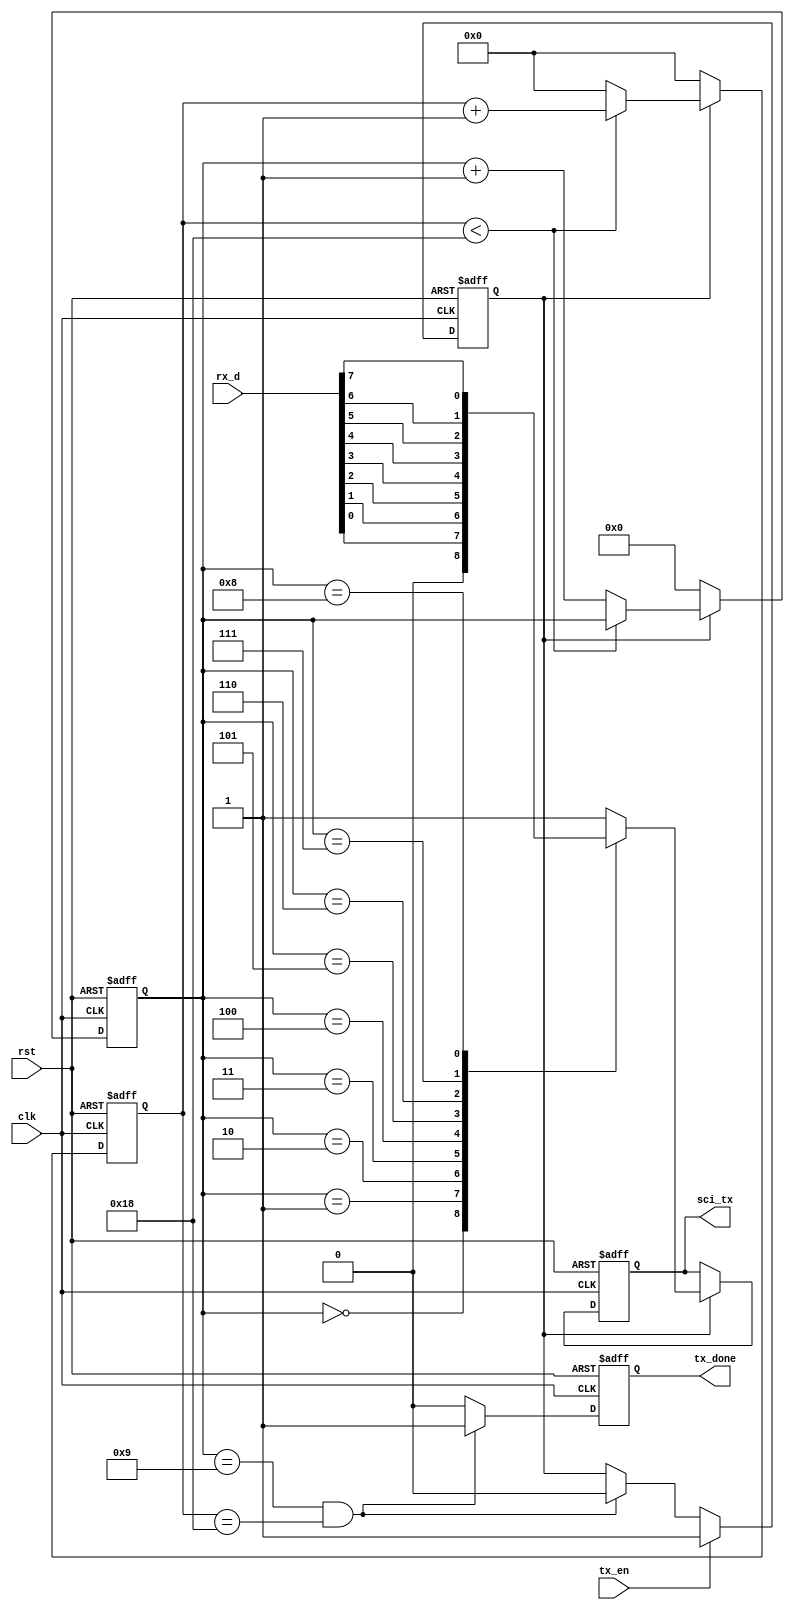
module uart_tx_byte (
    input clk,
    rst,
    tx_en,
    input [7:0] rx_d,
    output reg sci_tx,
    output reg tx_done
);


    reg tx_flag;
    reg [3:0] tx_num;
    reg [12:0] div_cnt;

    parameter CLK_FREQ = 25000000, BPS_CONS = 1000000, BPS_DIV = CLK_FREQ / BPS_CONS;
    //				 BPS_DIV_HALF = CLK_FREQ/BPS_CONS/2;

    always @(posedge clk or posedge rst)
        if (rst) tx_flag <= 0;
        else if (tx_en) tx_flag <= 1;
        else if ((tx_num == 4'd9) && (div_cnt == (BPS_DIV - 1))) tx_flag <= 0;
        else;

    always @(posedge clk, posedge rst)
        if (rst) begin
            div_cnt <= 0;
            tx_num  <= 0;
        end else if (tx_flag) begin
            if (div_cnt < BPS_DIV - 1) begin
                div_cnt <= div_cnt + 1'b1;

            end else begin
                div_cnt <= 0;
                tx_num  <= tx_num + 1'b1;
            end
        end else begin
            div_cnt <= 0;
            tx_num  <= 0;
        end

    always @(posedge clk or posedge rst)
        if (rst) sci_tx <= 1'b1;
        else if (tx_flag)
            case (tx_num)
                0: sci_tx <= 1'b0;
                1: sci_tx <= rx_d[0];
                2: sci_tx <= rx_d[1];
                3: sci_tx <= rx_d[2];
                4: sci_tx <= rx_d[3];
                5: sci_tx <= rx_d[4];
                6: sci_tx <= rx_d[5];
                7: sci_tx <= rx_d[6];
                8: sci_tx <= rx_d[7];
                9: sci_tx <= 1'b1;
                default: sci_tx <= 1'b1;
            endcase

    always @(posedge clk, posedge rst)
        if (rst) tx_done <= 1'b0;
        else if ((tx_num == 4'd9) && (div_cnt == (BPS_DIV - 1))) tx_done <= 1'b1;
        else tx_done <= 1'b0;

endmodule